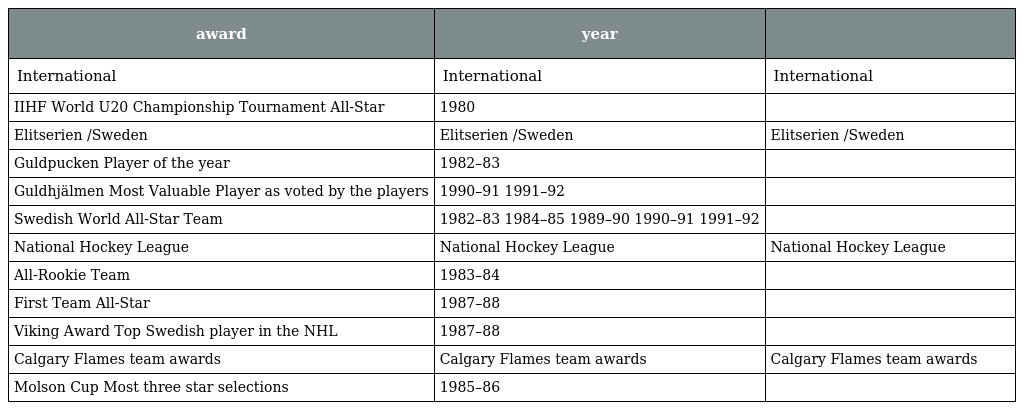
| award | year |  |
 | --- | --- | --- |
 | International | International | International |
 | IIHF World U20 Championship Tournament All-Star | 1980 |  |
 | Elitserien /Sweden | Elitserien /Sweden | Elitserien /Sweden |
 | Guldpucken Player of the year | 1982–83 |  |
 | Guldhjälmen Most Valuable Player as voted by the players | 1990–91 1991–92 |  |
 | Swedish World All-Star Team | 1982–83 1984–85 1989–90 1990–91 1991–92 |  |
 | National Hockey League | National Hockey League | National Hockey League |
 | All-Rookie Team | 1983–84 |  |
 | First Team All-Star | 1987–88 |  |
 | Viking Award Top Swedish player in the NHL | 1987–88 |  |
 | Calgary Flames team awards | Calgary Flames team awards | Calgary Flames team awards |
 | Molson Cup Most three star selections | 1985–86 |  |